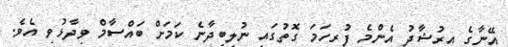
އޭނާގެ އިރުޝާދު އެންމެ ފުރިހަމަ ގޮތުގައި ނުލިބިދާނެ ކަމަށް ބައްސާމް ވިދާޅުވި އެވެ.